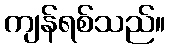
ကျန်ရစ်သည်။